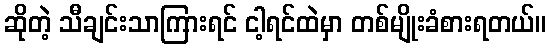
ဆိုတဲ့ သီချင်းသာကြားရင် ငါ့ရင်ထဲမှာ တစ်မျိုးခံစားရတယ်။